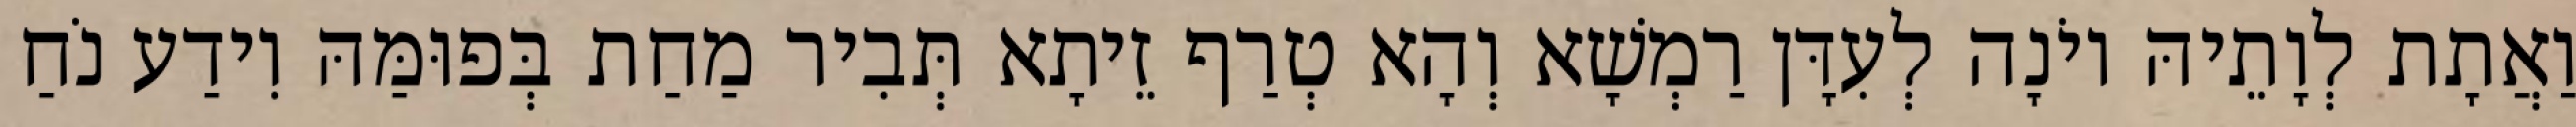
וַאֲתָת לְוָתֵיהּ יוֹנָה לְעִדָּן רַמְשָׁא וְהָא טְרַף זֵיתָא תְּבִיר מַחַת בְּפוּמַּהּ וִידַע נֹחַ